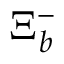
\Xi _ { b } ^ { - }